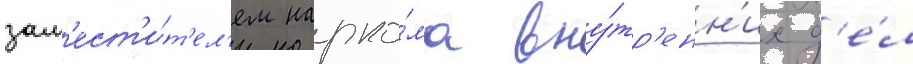
зам'ест'и́т'ел'ем нарко́ма вну́тр'енн'их д'е́л